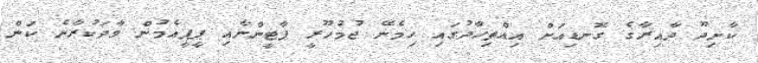
ކާށިދޫ ދާއިރާގެ ގޮނޑިއަށް އިއްތިހާދުގައި ހިމެނޭ ޖުމުހޫރީ ޕާޓީންނާއި ޕީޕީއެމުން ވާދަކުރާނެ ކަން